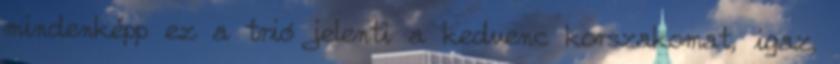
mindenképp ez a trió jelenti a kedvenc korszakomat, igaz,